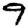
Digit: 9